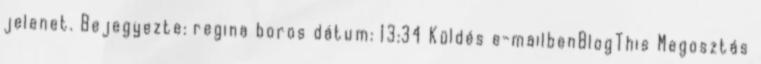
jelenet. Bejegyezte: regina boros dátum: 13:34 Küldés e-mailbenBlogThis Megosztás